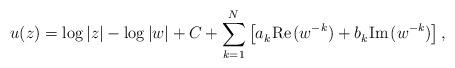
LaTeX: \begin{align*}u(z) = \log|z| - \log|w| + C + \sum_{k=1}^N \left[a_k^{}\kern 1pt\hbox{Re\kern 1pt} (w^{-k}) + b_k^{}\kern 1pt\hbox{Im\kern 1pt }(w^{-k})\right],\end{align*}